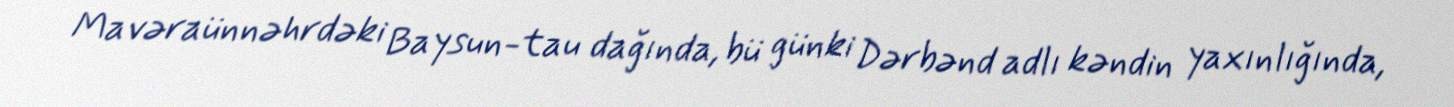
Mavəraünnəhrdəki Baysun-tau dağında, bü günki Dərbənd adlı kəndin yaxınlığında,